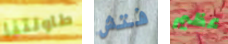
طاولتنا فتش عظيم